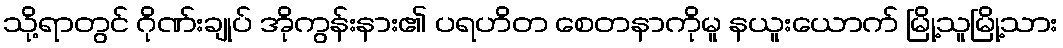
သို့ရာတွင် ဂိုဏ်းချုပ် အိုကွန်းနား၏ ပရဟိတ စေတနာကိုမူ နယူးယောက် မြို့သူမြို့သား